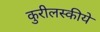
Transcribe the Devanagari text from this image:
कुरीलस्कीये